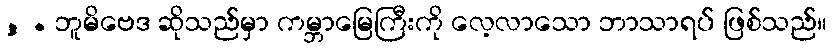
, . ဘူမိဗေဒ ဆိုသည်မှာ ကမ္ဘာမြေကြီးကို လေ့လာသော ဘာသာရပ် ဖြစ်သည်။